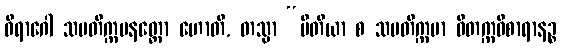
ဝိရာဂေါ သမတိက္ကမနတ္ထော ဟောတိ, တသ္မာ “ပီတိယာ စ သမတိက္ကမာ ဝိတက္ကဝိစာရာနဉ္စ